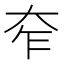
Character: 𡗸